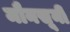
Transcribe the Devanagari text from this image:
मौनसूनी